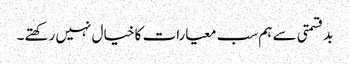
بدقسمتی سے ہم سب معیارات کا خیال نہیں رکھتے۔